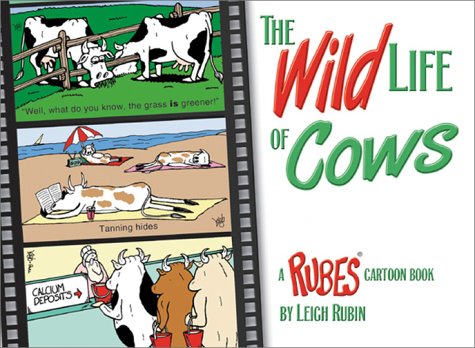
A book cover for The Wild Life of Cows; Leigh Rubin; Humor & Entertainment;